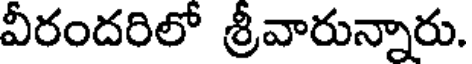
వీరందరిలో శ్రీవారున్నారు.